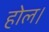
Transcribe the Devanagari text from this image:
होल।